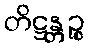
တိဋ္ဌန္တဉ္စ